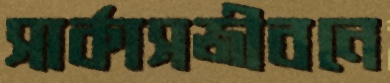
সার্কাসজীবনে